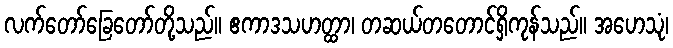
လက်တော်ခြေတော်တို့သည်။ ဧကာဒသဟတ္ထာ၊ တဆယ်တတောင်ရှိကုန်သည်။ အဟေသုံ၊